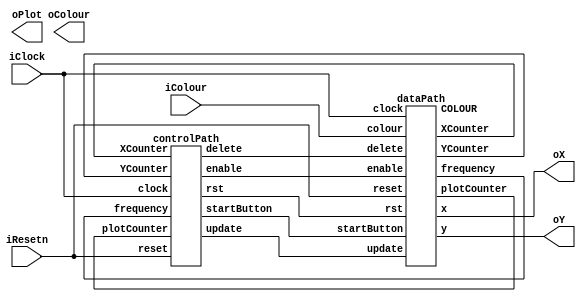
module part3(iColour,iResetn,iClock,oX,oY,oColour,oPlot);
   input wire [2:0] iColour;
   input wire 	    iResetn;
   input wire 	    iClock;
   output wire [7:0] oX;         // VGA pixel coordinates
   output wire [6:0] oY;
   
   output wire [2:0] oColour;     // VGA pixel colour (0-7)
   output wire 	     oPlot;       // Pixel drawn enable
wire[2:0] colour;
wire startButton, delete, enable, rst;

wire[7:0] XCounter;
wire[6:0] YCounter;
wire[5:0] plotCounter;
wire[25:0] frequency;

   parameter
     X_SCREENSIZE = 160,  // X screen width for starting resolution and fake_fpga
     Y_SCREENSIZE = 120,  // Y screen height for starting resolution and fake_fpga
     CLOCKS_PER_SECOND = 5000, // 5 KHZ for fake_fpga
     X_BOXSIZE = 8'd4,   // Box X dimension
     Y_BOXSIZE = 7'd4,   // Box Y dimension
     X_MAX = X_SCREENSIZE - 1 - X_BOXSIZE, // 0-based and account for box width
     Y_MAX = Y_SCREENSIZE - 1 - Y_BOXSIZE,
     PULSES_PER_SIXTIETH_SECOND = CLOCKS_PER_SECOND / 60
	       ;

/*
vga_adapter VGA(.resetn(iResetn),.clock(iClock),.colour(colour),.x(oX),.y(oY),.plot(startButton),.VGA_R(VGA_R),.VGA_G(VGA_G),
		.VGA_B(VGA_B),.VGA_HS(VGA_HS),.VGA_BLANK(VGA_BLANK_N),.VGA_SYNC(VGA_SYNC_N),.VGA_CLK(VGA_CLK));
defparam VGA.RESOLUTION = "160x120";
defparam VGA.MONOCHROME = "FALSE";
defparam VGA.BITS_PER_COLOUR_CHANNEL = 1;
defparam VGA.BACKGROUND_IMAGE = "black.mif";
*/

controlPath C(iClock, iResetn, XCounter, YCounter, plotCounter, frequency, startButton, delete, update, enable, rst);
dataPath D(iClock, iResetn, enable, startButton, delete, update, rst, iColour, oX, oY, colour, XCounter, YCounter, plotCounter, frequency);


endmodule // part3

module dataPath(clock, reset, enable, startButton, delete, update, rst, colour, x, y, COLOUR, XCounter, YCounter, plotCounter, frequency);
input clock, reset, enable, startButton, delete, update, rst;
input [2:0] colour;
output reg [7:0] x;
output reg [6:0] y;
output reg [2:0] COLOUR;
output reg [7:0] XCounter;
output reg [6:0] YCounter;
output reg [5:0] plotCounter;
output reg [25:0] frequency;
reg [7:0] xTemporary;
reg  [6:0] yTemporary;
reg oX, oY;

always @(posedge clock)
begin
	if(rst||!reset)
	begin
		x <= 8'd156;
		y <= 7'b0;
		xTemporary <= 8'd156;
		yTemporary <= 7'b0;
		XCounter <= 8'b0;
		YCounter <= 7'b0;
		plotCounter <= 6'b0;
		COLOUR <= 3'b0;
		frequency <= 25'd0;
		oX <= 1'b0;
		oY <= 1'b1;
	end

	else 
	begin
		if(delete & !enable)
		begin
			if(XCounter == 8'd160 && YCounter != 7'd120)
			begin
				XCounter <= 8'b0;
				YCounter <= YCounter + 1;
			end
			else
			begin
				XCounter <= XCounter + 1;
				x <= XCounter;
				y <= YCounter;
				COLOUR <= 3'b0;
			end
		end
		if(!delete) COLOUR <= colour;

		if(frequency == 26'd12499999) frequency <= 26'd0;
		else frequency <= frequency + 1;

 		if(enable)
		begin
			if(delete) COLOUR <= 0;
			else COLOUR <= colour;
			if(plotCounter == 6'b10000) plotCounter <= 6'b0;
			else plotCounter <= plotCounter + 1;
			x <= xTemporary + plotCounter[1:0];
			y <= yTemporary + plotCounter[3:2];
		end

		if(update)
		begin
			if(x == 8'b0) oX = 1;
			if(x == 8'd156) oX = 0;
			if(y == 7'b0) oY = 1;
			if(y == 7'd116) oY = 0;

			if(oX == 1'b1)
			begin
				x <= x + 1;
				xTemporary <= xTemporary + 1;
			end
			if(oX == 1'b0)
			begin
				x <= x - 1;
				xTemporary <= xTemporary - 1;
			end
			if(oY == 1'b1)
			begin
				y <= y + 1;
				yTemporary <= yTemporary + 1;
			end
			if(oY == 1'b0)
			begin
				y <= y - 1;
				yTemporary <= yTemporary - 1;
			end
		end
	end
end

endmodule

module controlPath(clock, reset, XCounter, YCounter, plotCounter, frequency, startButton, delete, update, enable, rst);
input clock, reset;
input[7:0] XCounter;
input[6:0] YCounter;
input[5:0] plotCounter;
input[25:0] frequency;
output reg startButton, delete, update, enable, rst;
reg[2:0] current, next;

always@(*)
begin

case(current)
3'b000: next = 3'b001;
3'b001: begin
	if(plotCounter <= 6'd15) next = 3'b001;
	else next = 3'b010;
end
3'b010: begin
	if(frequency < 26'd12499999) next = 3'b010;
	else next = 3'b011;
end
3'b011: begin
	if(plotCounter <= 6'd15) next = 3'b011;
end
3'b100: next = 3'b001;
3'b101: next = (XCounter == 8'd160 & YCounter == 7'd120) ? 3'b000 : 3'b101;
default: next = 3'b000;

endcase

end

always @(*)
begin

startButton = 1'b0;
update = 1'b0;
rst = 1'b0;
delete = 1'b0;
enable = 1'b0;

case(current)
3'b000: rst = 1'b1;
3'b001: begin
	startButton = 1'b1;
	delete = 1'b0;
	enable = 1'b1;
end
3'b011: begin
	startButton = 1'b1;
	delete = 1'b1;
	enable = 1'b1;
end
3'b100: update = 1'b1;
3'b101: begin
	delete = 1'b1;	
	startButton = 1'b1;
end

endcase
end

always @(posedge clock)
begin
	if(!reset) current <= 3'b101;
	else current <= next;
end

endmodule